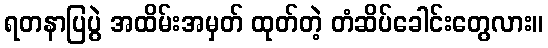
ရတနာပြပွဲ အထိမ်းအမှတ် ထုတ်တဲ့ တံဆိပ်ခေါင်းတွေလား။